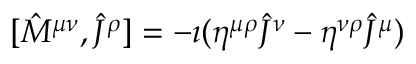
[ { \hat { M } } ^ { \mu \nu } , { \hat { J } } ^ { \rho } ] = - \imath ( \eta ^ { \mu \rho } { \hat { J } } ^ { \nu } - \eta ^ { \nu \rho } { \hat { J } } ^ { \mu } )